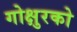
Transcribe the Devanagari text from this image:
गोक्षुरको